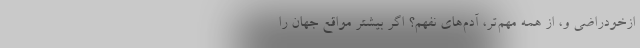
ازخودراضی و، از همه مهم‌تر، آدم‌های نفهم؟ اگر بیشتر مواقع جهان را